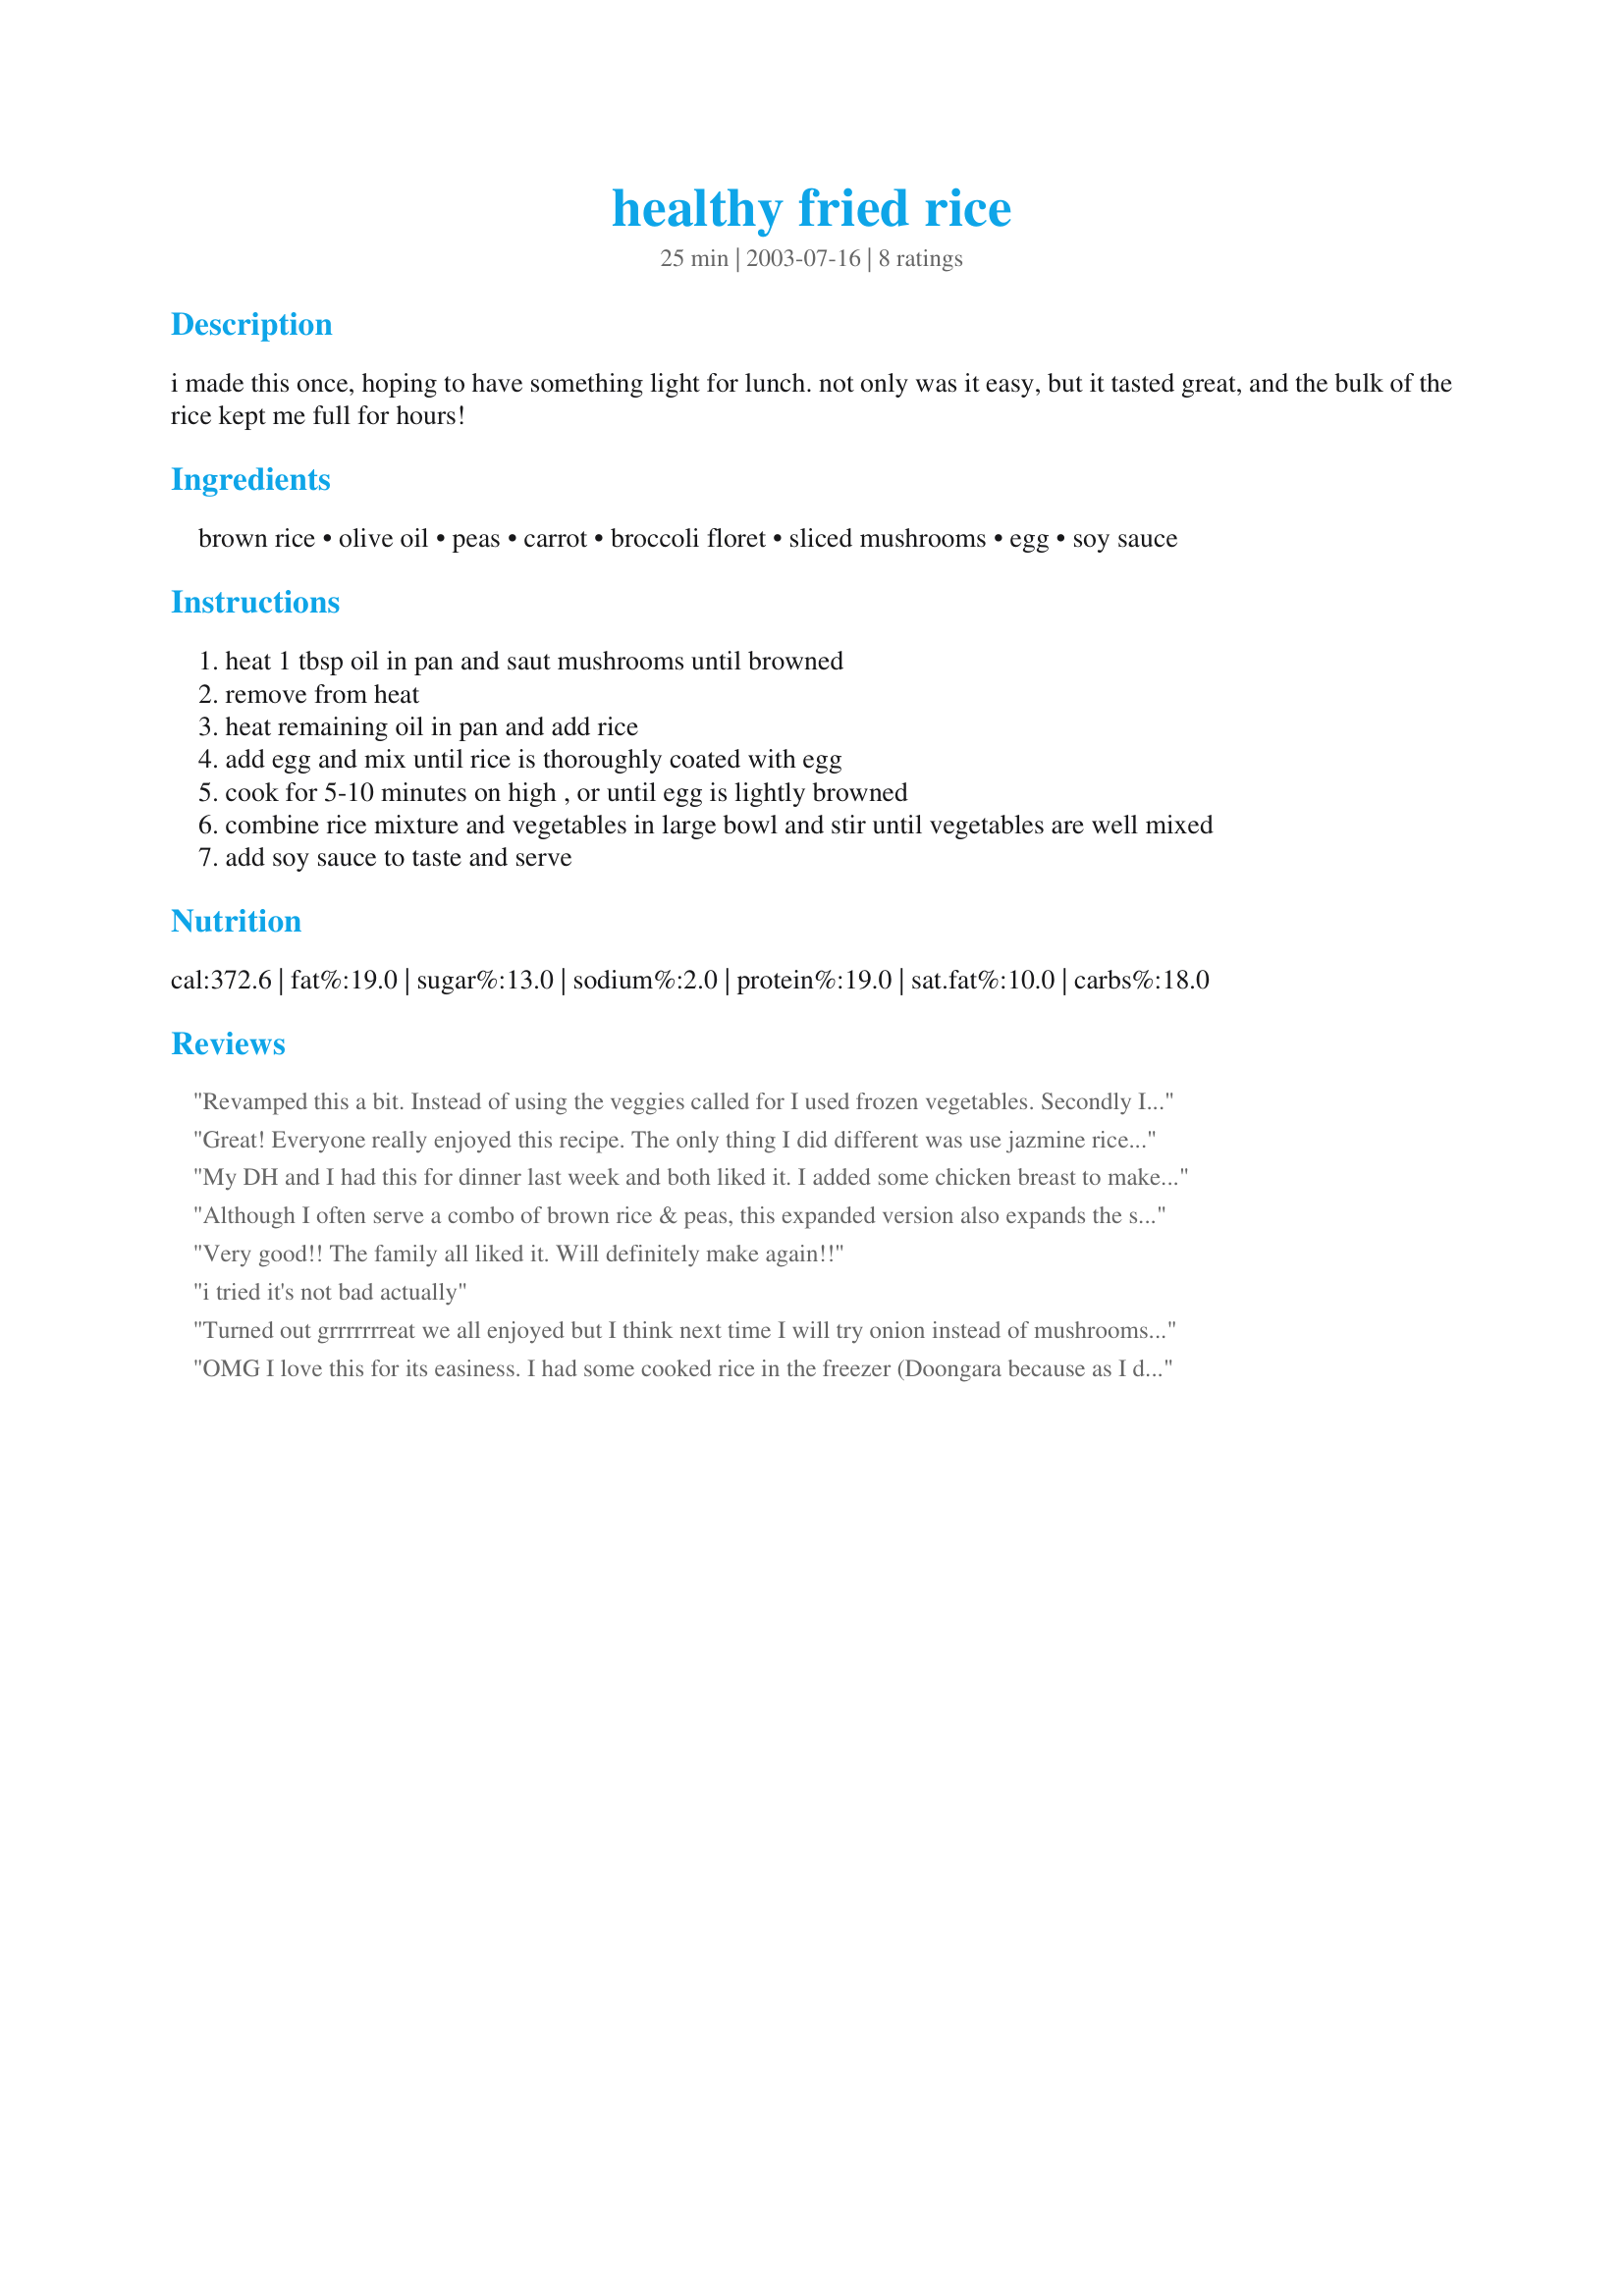
healthy fried rice
Preparation time: 25 minutes

i made this once, hoping to have something light for lunch. not only was it easy, but it tasted great, and the bulk of the rice kept me full for hours!

Ingredients:
brown rice, olive oil, peas, carrot, broccoli floret, sliced mushrooms, egg, soy sauce

Steps:
heat 1 tbsp oil in pan and saut mushrooms until browned
remove from heat
heat remaining oil in pan and add rice
add egg and mix until rice is thoroughly coated with egg
cook for 5-10 minutes on high , or until egg is lightly browned
combine rice mixture and vegetables in large bowl and stir until vegetables are well mixed
add soy sauce to taste and serve

Reviews:
Revamped this a bit. Instead of using the veggies called for I used frozen vegetables. Secondly I used 2 eggs rather than one. Lastly I used Kikkoman&#039;s teriyaki marinade and sauce instead of soy sauce. Has a lot less sodium and more flavor. Turned out amazing.!
Great! Everyone really enjoyed this recipe. The only thing I did different was use jazmine rice. Next time I will try it with brown rice. Thanks for sharing.
My DH and I had this for dinner last week and both liked it. I added some chicken breast to make it more of a main course and used broccoli slaw instead of carrots and florets.
Although I often serve a combo of brown rice & peas, this expanded version also expands the satisfaction ~ VERY, VERY NICE! I did omit the mushrooms, although another time I might just BARELY cook them & then add them to the finished rice! It's not that I don't like the taste of the mushrooms ~ I just don't like them cooked until they're limp! Thanks for a great keeper recipe! [Tagged, made & reviewed in Healthy Choices ABC tag]
Very good!! The family all liked it. Will definitely make again!!
i tried it's not bad actually
Turned out grrrrrrreat we all enjoyed but I think next time I will try onion instead of mushrooms as I was sure to pick them out of kids and u can use whatever veg u have on hand to add, I had a bag of steam able broc cauliflower and carrots and cooked it while i made the rest then added and was perfect but corn and peas or anything really about could work in this and it actually tastes similar to Chinese takeout instead of not being as it's a healthier recipe. We had with teriyaki chicken and dribbled a lil sauce over too yum can't wait to reuse and tweak and try diff things with this recipe as you can renew and revise to make many diff mixtures thanks and bless you all
OMG I love this for its easiness. I had some cooked rice in the freezer (Doongara because as I diabetic I find it works best for me) which I defrosted which was more than a cup, a little over 1 1/2 so upped the vegetables though discovered I was out of brocoli but subbed cauliflower and as I had a knob of zucchinni left I halved and sliced and added but otherwise followed through and it was easy peasy and we loved it with our recipe #144814 (though I used drumsticks instead of drumettes). The new thing for me was to add the egg (so used to cooking it separately) but was pleased with the result in this method. I would recommend if you boil your vegies make sure you drain them well before adding otherwise you will get a gluggy mess (past youth talking back at me :lol: ) Thank you Susie Zyphur, made for Healthy Choies ABC.
